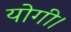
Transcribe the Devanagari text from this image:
योगी।